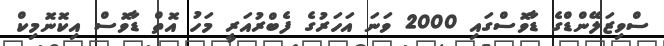
ސްވިޒަލޭންޑްގެ ޑާވޮސްގައި 2000 ވަނަ އަހަރުގެ ފެބްރުއަރީ މަހު އޮތް ޑާވޮސް އިކޮނޮމިކް